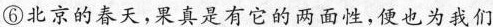
⑥北京的春天，果真是有它的两面性，边也为我们